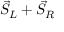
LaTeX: { \vec { S } } _ { L } + { \vec { S } } _ { R }